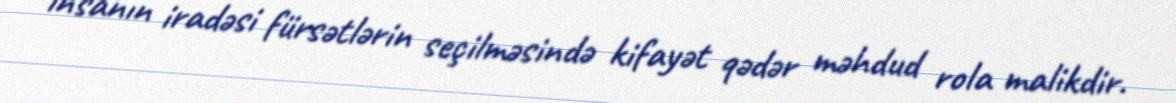
insanın iradəsi fürsətlərin seçilməsində kifayət qədər məhdud rola malikdir.